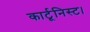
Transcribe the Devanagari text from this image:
कार्टूनिस्ट।